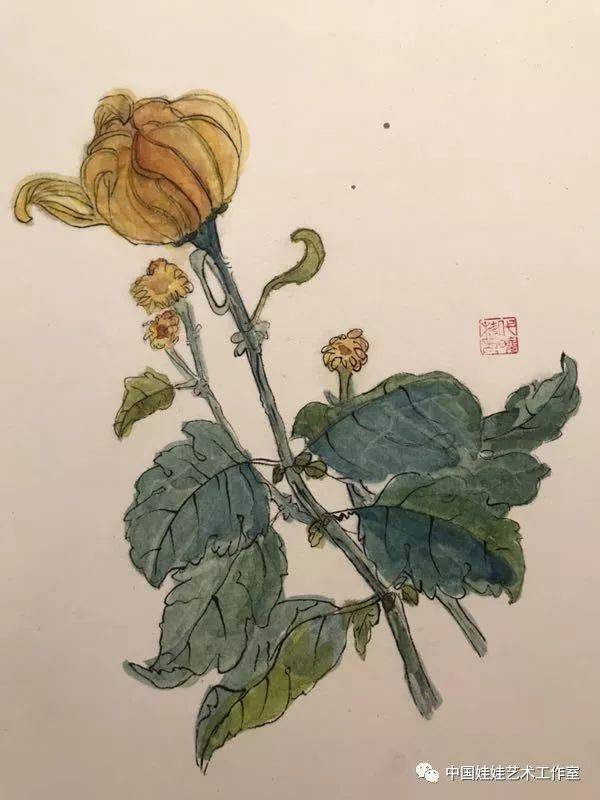
满园花菊郁金黄，中有孤丛色似霜。